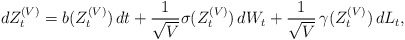
\begin{align*}d Z^{(V)}_t = b(Z^{(V)}_t) \,dt + \frac{1}{\sqrt{V}} {\sigma}(Z^{(V)}_t)\,d{W}_t + \frac{1}{\sqrt{V}}\,{\gamma}(Z^{(V)}_t)\,dL_t,\end{align*}